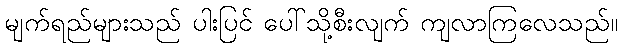
မျက်ရည်များသည် ပါးပြင် ပေါ်သို့စီးလျက် ကျလာကြလေသည်။